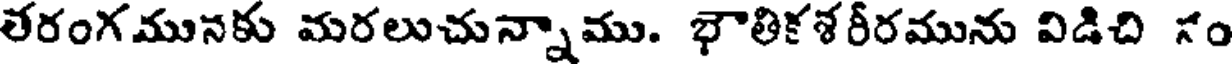
తరంగమునకు మరలుచున్నాము. భౌతికశరీరమును విడిచి సం